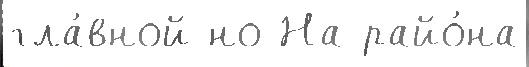
гла́вной но На райо́на